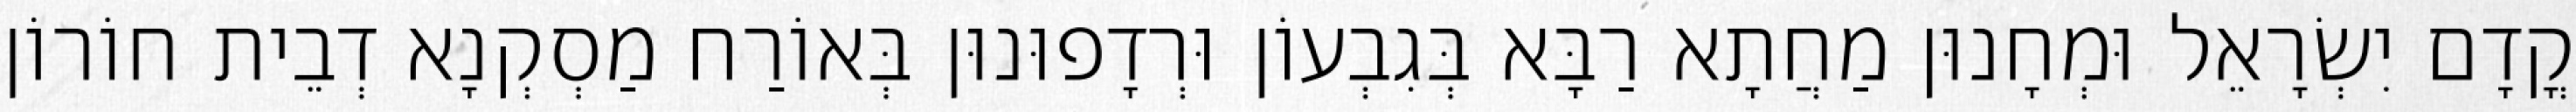
קֳדָם יִשְׂרָאֵל וּמְחָנוּן מַחֲתָא רַבָּא בְּגִבְעוֹן וּרְדָפוּנוּן בְּאוֹרַח מַסְקְנָא דְבֵית חוֹרוֹן